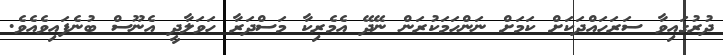
ދުރުގައިވާ ސަރަހައްދަކަށް ކަމަށް ނަންހަމަކުރަން ނޭދޭ އެމެރިކާ މަސްދަރާ ހަވަލާދީ އެނޫސް ބުނެފައިވެއެވެ.